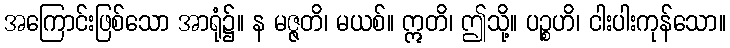
အကြောင်းဖြစ်သော အာရုံ၌။ န မဇ္ဇတိ၊ မယစ်။ ဣတိ၊ ဤသို့။ ပဉ္စဟိ၊ ငါးပါးကုန်သော။